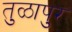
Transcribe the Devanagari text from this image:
तुळापुर